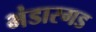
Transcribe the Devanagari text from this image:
भंडारगड